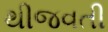
થીજવતી